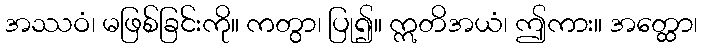
အဿဝံ၊ မဖြစ်ခြင်းကို။ ကတွာ၊ ပြု၍။ ဣတိအယံ၊ ဤကား။ အတ္ထော၊